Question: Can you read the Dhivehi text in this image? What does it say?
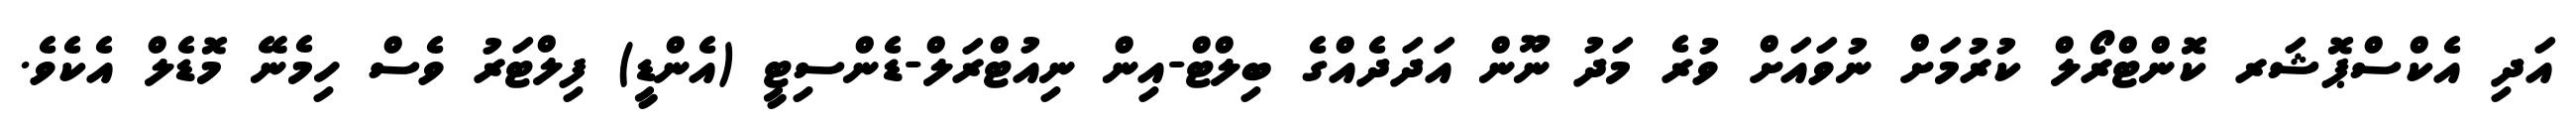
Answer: އަދި އެކްސްޕޮޝަރ ކޮންޓްރޯލް ކުރުމަށް ނުވައަށް ވުރެ މަދު ނޫން އަދަދެއްގެ ބިލްޓް-އިން ނިއުޓްރަލް-ޑެންސިޓީ (އެންޑީ) ފިލްޓަރު ވެސް ހިމެނޭ މޮޑެލް އެކެވެ.